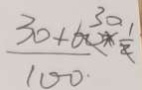
\frac { 3 0 + 6 0 \times \frac { 1 } { 2 } } { 1 0 0 }